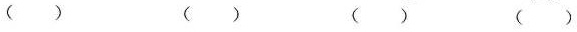
（）（）（）（）